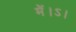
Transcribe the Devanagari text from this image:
में।ऽ।